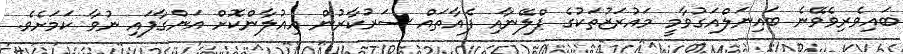
ބައިވެރިވެވޭނެ ބައިނަލްއަގުވާމީ މައުރަޒުތަކުގެ ޕްލޭނާއި ފެއާތައް ސަރުކާރުން އިއުލާންކޮށް އަންގާފައި ނުވާ ކަމަށެވެ.